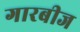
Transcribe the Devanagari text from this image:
गारबीज